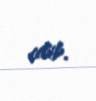
edib.